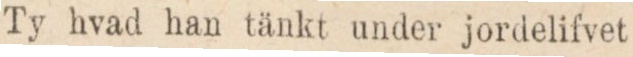
Ty hvad han tänkt under jordelifvet